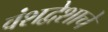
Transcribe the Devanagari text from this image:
वंशद्वेशाचे